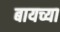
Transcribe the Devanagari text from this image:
बायच्या